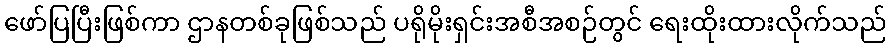
ဖော်ပြပြီးဖြစ်ကာ ဌာနတစ်ခုဖြစ်သည် ပရိုမိုးရှင်းအစီအစဉ်တွင် ရေးထိုးထားလိုက်သည်